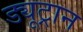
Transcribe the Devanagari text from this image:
ड्यूट्रान